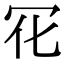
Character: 𠕿